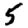
Digit: 5